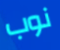
نوب